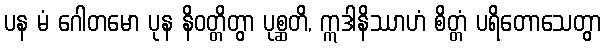
ပန မံ ဂေါတမော ပုန နိဝတ္တိတွာ ပုစ္ဆတိ, ဣဒါနိဿာဟံ စိတ္တံ ပရိတောသေတွာ